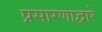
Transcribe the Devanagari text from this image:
प्रसारणाद्वारे